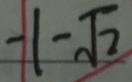
- 1 - \sqrt { 2 }